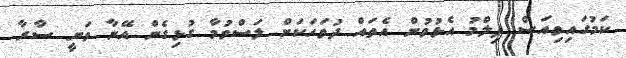
ކަމުގައިވިއަސް ފިލްމު އެޅުވުން އެތައް ދުވަހަކަށް ލަސްވުމާ ގުޅިގެން އޭނާ ވަނީ ސާރާ